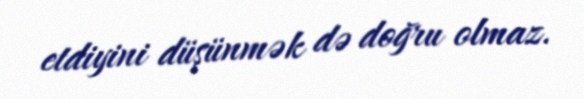
etdiyini düşünmək də doğru olmaz.